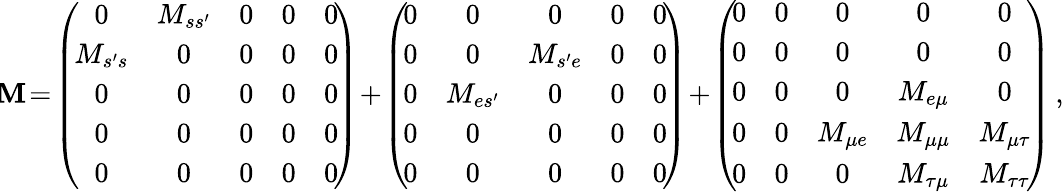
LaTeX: \! \mathbf{M}\! =\! \left(\! \begin{array}{ccccc}{{0}}&{{M_{ss^{\prime}}}}&{{0}}&{{0}}&{{0}}\\ {{M_{s^{\prime}s}}}&{{0}}&{{0}}&{{0}}&{{0}}\\ {{0}}&{{0}}&{{0}}&{{0}}&{{0}}\\ {{0}}&{{0}}&{{0}}&{{0}}&{{0}}\\ {{0}}&{{0}}&{{0}}&{{0}}&{{0}}\end{array}\! \right)\! +\! \left(\! \begin{array}{ccccc}{{0}}&{{0}}&{{0}}&{{0}}&{{0}}\\ {{0}}&{{0}}&{{M_{s^{\prime}e}}}&{{0}}&{{0}}\\ {{0}}&{{M_{es^{\prime}}}}&{{0}}&{{0}}&{{0}}\\ {{0}}&{{0}}&{{0}}&{{0}}&{{0}}\\ {{0}}&{{0}}&{{0}}&{{0}}&{{0}}\end{array}\! \right)\! +\! \left(\! \begin{array}{ccccc}{{0}}&{{0}}&{{0}}&{{0}}&{{0}}\\ {{0}}&{{0}}&{{0}}&{{0}}&{{0}}\\ {{0}}&{{0}}&{{0}}&{{M_{e\mu}}}&{{0}}\\ {{0}}&{{0}}&{{M_{\mu e}}}&{{M_{\mu\mu}}}&{{M_{\mu\tau}}}\\ {{0}}&{{0}}&{{0}}&{{M_{\tau\mu}}}&{{M_{\tau\tau}}}\end{array}\! \right)\, ,